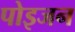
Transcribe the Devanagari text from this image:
पोइजन